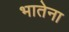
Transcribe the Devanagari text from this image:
भातेना